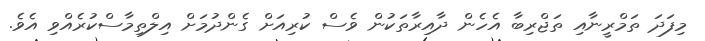
މިފަދަ ތަމްރީނާއި ތަޖްރިބާ އެހެން ދާއިރާތަކުން ވެސް ކުރިއަށް ގެންދުމަށް އިލްތިމާސްކުރެއްވި އެވެ.